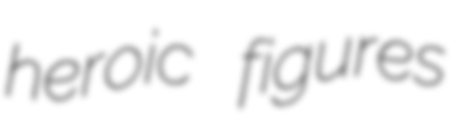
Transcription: heroic figures